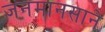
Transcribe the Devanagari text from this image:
जनमानसाने